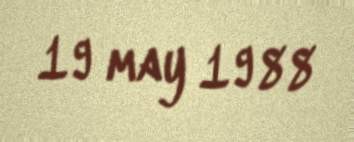
19 may 1988